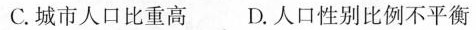
C.城市人口比重高 D.人口性别比例不平衡